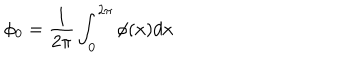
\phi _ { 0 } = \frac 1 { 2 \pi } \int _ { 0 } ^ { 2 \pi } \phi ( x ) d x